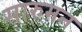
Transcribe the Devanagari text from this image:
सारुमन